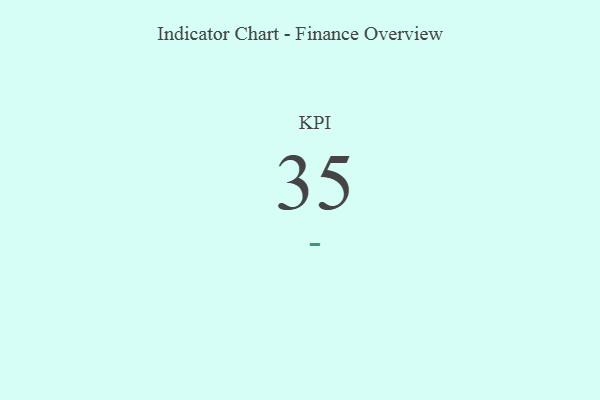
{"axis": {"x": "KPI", "y": "Value"}, "legend": [""], "data": [{"x": "KPI", "y": 35, "type": ""}]}